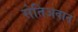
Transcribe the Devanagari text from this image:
सेतिअवान